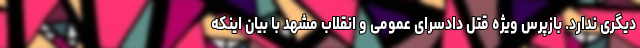
دیگری ندارد. بازپرس ویژه قتل دادسرای عمومی و انقلاب مشهد با بیان اینکه